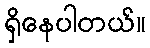
ရှိနေပါတယ်။